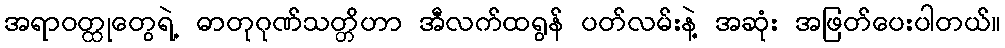
အရာဝတ္ထုတွေရဲ့ ဓာတုဂုဏ်သတ္တိဟာ အီလက်ထရွန် ပတ်လမ်းနဲ့ အဆုံး အဖြတ်ပေးပါတယ်။